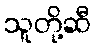
သူတို့ဆီ